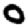
Digit: 0